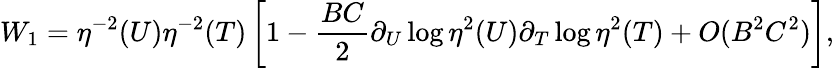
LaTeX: W_{1}=\eta^{-2}(U)\eta^{-2}(T)\left[1-\frac{BC}{2}\partial_{U}\log\eta^{2}(U)\partial_{T}\log\eta^{2}(T)+O(B^{2}C^{2})\right],